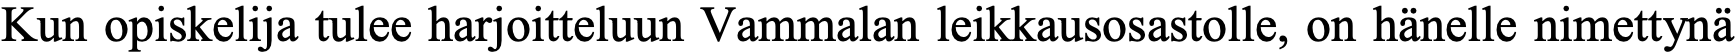
Kun opiskelija tulee harjoitteluun Vammalan leikkausosastolle, on hänelle nimettynä